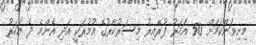
މިނިވަންކަމަށް 50 އަހަރު ފުރޭއިރު މިސަރުކާރުގެ އުމުރަކީ އަދި އެންމެ ދެ އަހަރު